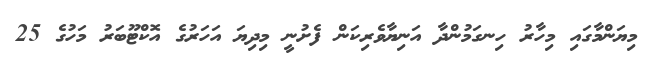
މިޔަންމާގައި މިހާރު ހިނގަމުންދާ އަނިޔާވެރިކަަން ފެށުނީ މިދިޔަ އަހަރުގެ އޮކްޓޫބަރު މަހުގެ 25